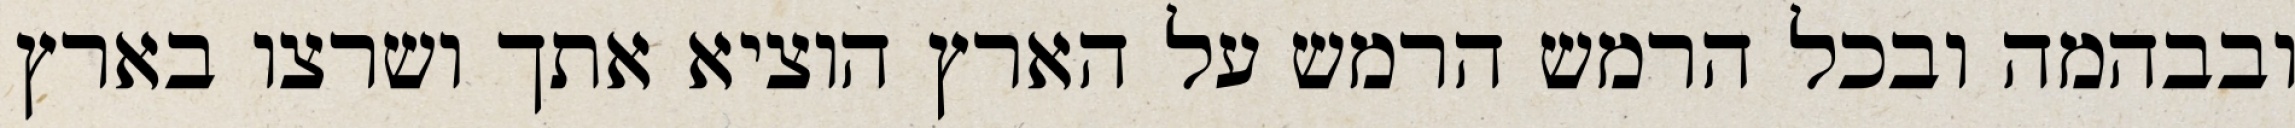
ובבהמה ובכל הרמש הרמש על הארץ הוציא אתך ושרצו בארץ